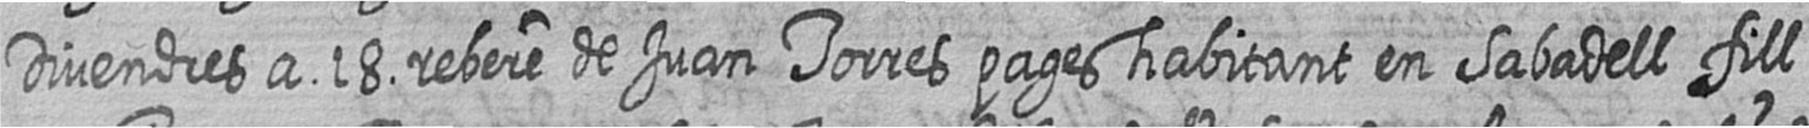
Divendres a 18 rebere de Juan Torres pages habitant en Sabadell fill